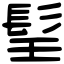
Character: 𩬎